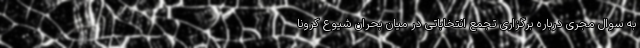
به سوال مجری درباره برگزاری تجمع انتخاباتی در میان بحران شیوع کرونا